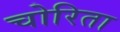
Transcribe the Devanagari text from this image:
चोरिता